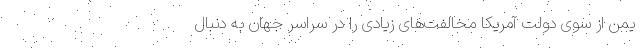
یمن از سوی دولت آمریکا مخالفت‌های زیادی را در سراسر جهان به دنبال